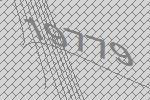
19779